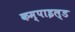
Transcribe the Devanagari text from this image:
कम्पाइल्ड